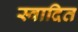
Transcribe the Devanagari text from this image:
स्वादित